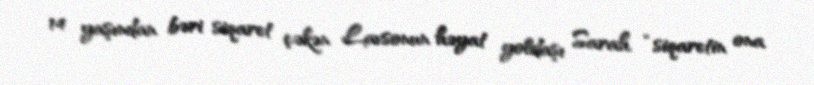
14 yaşından bəri siqaret çəkən Lavsonun həyat yoldaşı Sarah “siqaretin ona